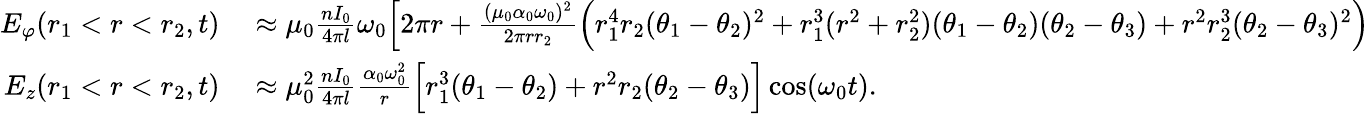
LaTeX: \begin{array}{rl}{E_{\varphi}(r_{1}<r<r_{2},t)}&{{}\approx\mu_{0}\frac{nI_{0}}{4\pi l}\omega_{0}\Big[2\pi r+\frac{(\mu_{0}\alpha_{0}\omega_{0})^{2}}{2\pi rr_{2}}\Big(r_{1}^{4}r_{2}(\theta_{1}-\theta_{2})^{2}+r_{1}^{3}(r^{2}+r_{2}^{2})(\theta_{1}-\theta_{2})(\theta_{2}-\theta_{3})+r^{2}r_{2}^{3}(\theta_{2}-\theta_{3})^{2}\Big)}\\ {E_{z}(r_{1}<r<r_{2},t)}&{{}\approx\mu_{0}^{2}\frac{nI_{0}}{4\pi l}\frac{\alpha_{0}\omega_{0}^{2}}{r}\Big[r_{1}^{3}(\theta_{1}-\theta_{2})+r^{2}r_{2}(\theta_{2}-\theta_{3})\Big]\cos(\omega_{0}t).}\end{array}